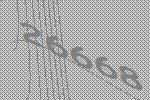
26668